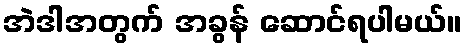
အဲဒါအတွက် အခွန် ဆောင်ရပါမယ်။